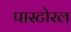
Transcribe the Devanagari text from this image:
पास्टोरल